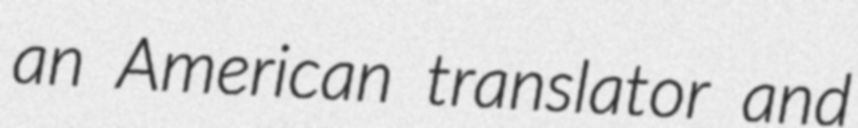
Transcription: an American translator and